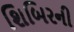
શિબિરની